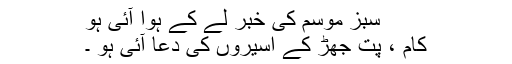
سبز موسم کی خبر لے کے ہوا آئی ہو
کام ، پت جھڑ کے اسیروں کی دُعا آئی ہو ۔